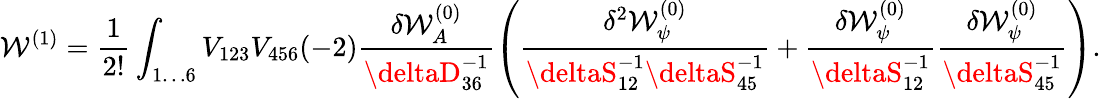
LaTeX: \mathcal{W}^{(1)}=\frac{{1}}{{2!}}\int_{1\ldots6}V_{123}V_{456}(-2)\frac{{\delta\mathcal{W}_{A}^{(0)}}}{{\deltaD_{36}^{-1}}}\left(\frac{{\delta^{2}\mathcal{W}_{\psi}^{(0)}}}{{\deltaS_{12}^{-1}\deltaS_{45}^{-1}}}+\frac{{\delta\mathcal{W}_{\psi}^{(0)}}}{{\deltaS_{12}^{-1}}}\frac{{\delta\mathcal{W}_{\psi}^{(0)}}}{{\deltaS_{45}^{-1}}}\right).